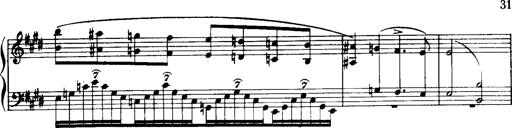
Title: Historische ungarische Bildnisse
Composer: Franz Liszt